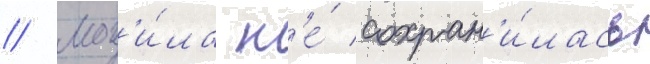
// Мог'и́ла н'е́ сохран'и́лась